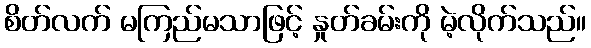
စိတ်လက် မကြည်မသာဖြင့် နှုတ်ခမ်းကို မဲ့လိုက်သည်။